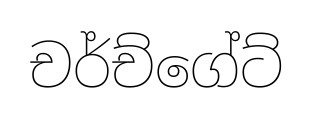
චර්ච්ගේට්